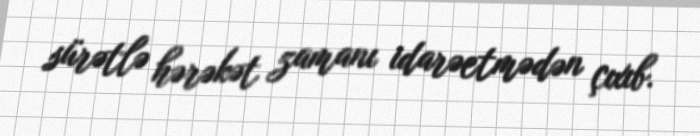
sürətlə hərəkət zamanı idarəetmədən çıxıb.